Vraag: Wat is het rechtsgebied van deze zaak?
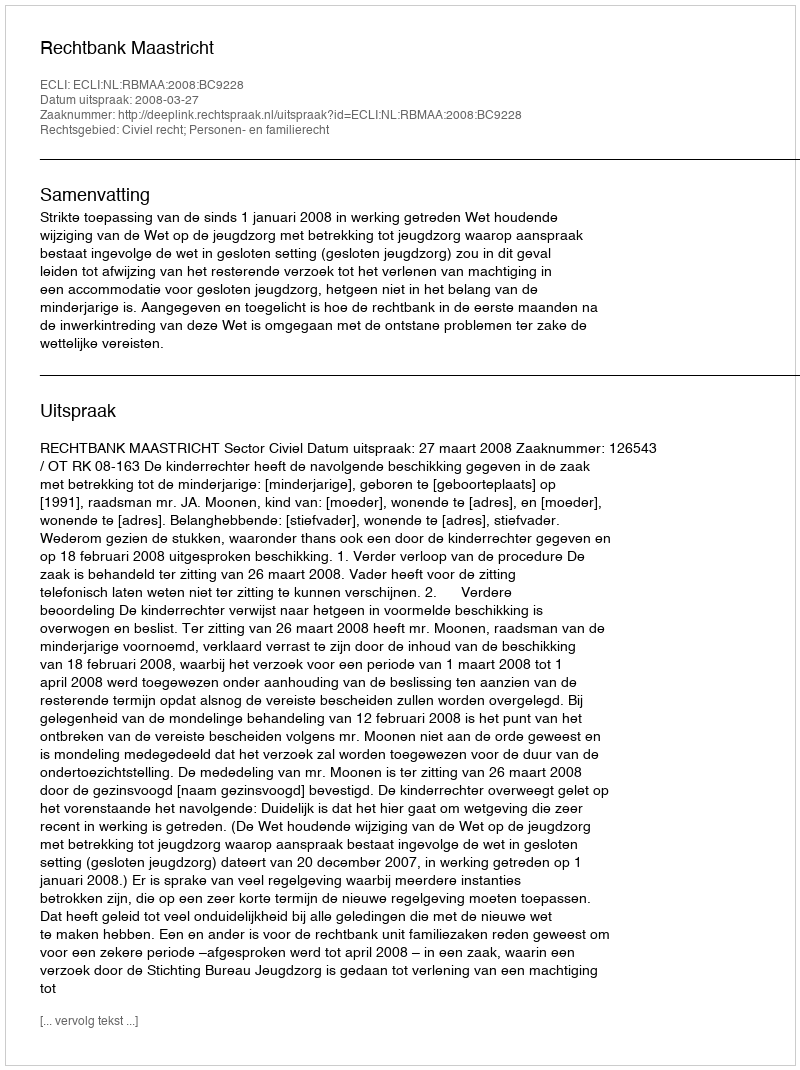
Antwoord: Civiel recht; Personen- en familierecht